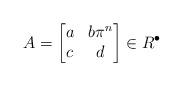
LaTeX: \begin{align*} A = \begin{bmatrix} a & b\pi^n \\ c & d \end{bmatrix} \in R^\bullet \end{align*}